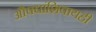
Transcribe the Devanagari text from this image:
औषधांशिवायही